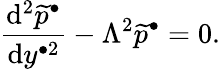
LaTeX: \frac{\mathrm{d}^{2}\widetilde{p}^{\bullet}}{\mathrm{d}y^{\bullet 2}}-\Lambda^{2}\widetilde{p}^{\bullet}=0.